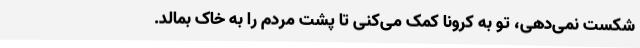
شکست نمی‌دهی، تو به کرونا کمک می‌کنی تا پشت مردم را به خاک بمالد.